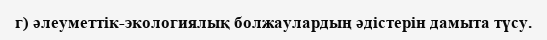
г) әлеуметтік-экологиялық болжаулардың әдістерін дамыта түсу.